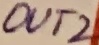
Text: OUT2